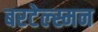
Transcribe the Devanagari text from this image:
बरटेल्स्मन